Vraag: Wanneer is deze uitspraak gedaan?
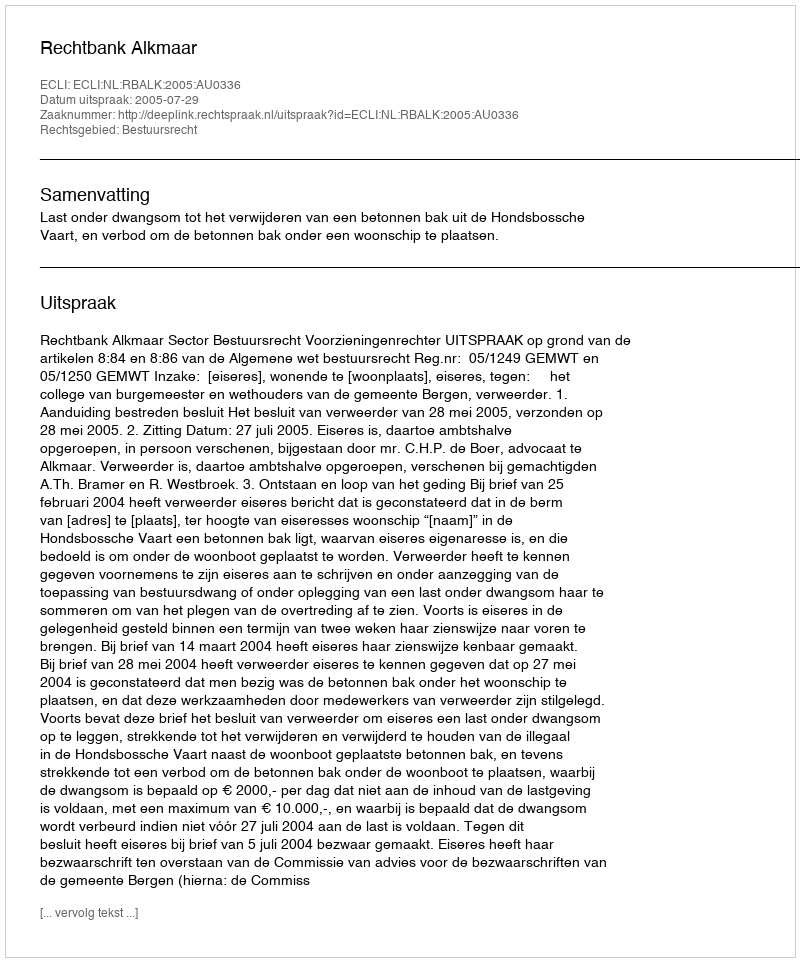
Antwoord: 2005-07-29